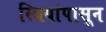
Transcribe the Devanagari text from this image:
स्त्रियांपासून